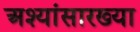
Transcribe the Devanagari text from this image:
अश्यांसारख्या